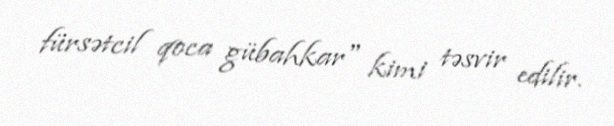
fürsətcil qoca gübahkar" kimi təsvir edilir.